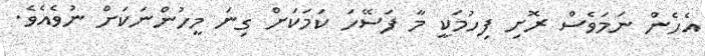
އެހެން ނަމަވެސް ރޮށި ފިހުމަކީ މާ ފަސޭހަ ކަމަކަށް ގިނަ މީހުންނަކަށް ނުވެއެވެ.